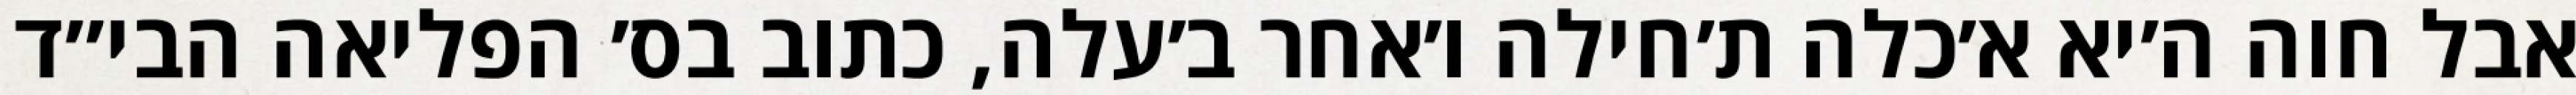
אבל חוה ה׳יא א׳כלה ת׳חילה ו׳אחר ב׳עלה, כתוב בס׳ הפליאה הבי״ד